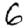
Digit: 6